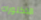
الدكتوراه